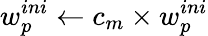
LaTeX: w_{p}^{ini}\leftarrow c_{m}\times w_{p}^{ini}